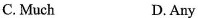
C. Much D. Any